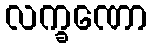
လက္ခဏော